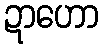
ဍာဟော